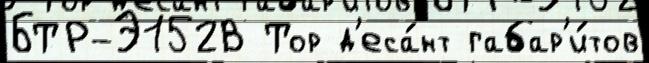
БТР-Э152В Тор д'еса́нт габар'и́тов